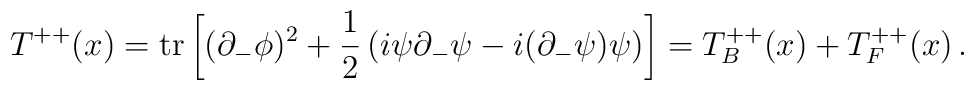
T^{++}(x) =  {\rm tr} \left[ (\partial_- \phi)^2 + {1 \over 2} \left(i\psi \partial_- \psi  - i  (\partial_- \psi) \psi\right)\right]=T^{++}_B(x)+T^{++}_F(x)\,.